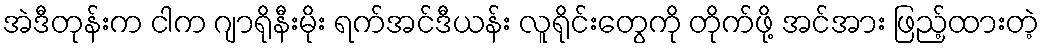
အဲဒီတုန်းက ငါက ဂျာရိုနီးမိုး ရက်အင်ဒီယန်း လူရိုင်းတွေကို တိုက်ဖို့ အင်အား ဖြည့်ထားတဲ့